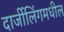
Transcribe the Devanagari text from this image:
दार्जीलिंगमधील